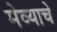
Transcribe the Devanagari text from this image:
मेव्याचे